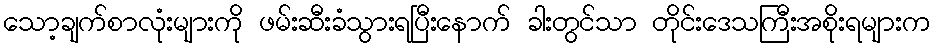
သော့ချက်စာလုံးများကို ဖမ်းဆီးခံသွားရပြီးနောက် ခါးတွင်သာ တိုင်းဒေသကြီးအစိုးရများက